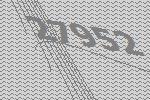
27952